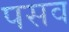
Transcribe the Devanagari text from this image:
पसव